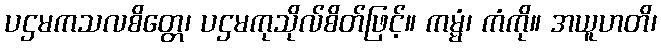
ပဌမကသလစိတ္တေ၊ ပဌမကုသိုလ်စိတ်ဖြင့်။ ကမ္မံ၊ ကံကို။ အယူဟတိ၊